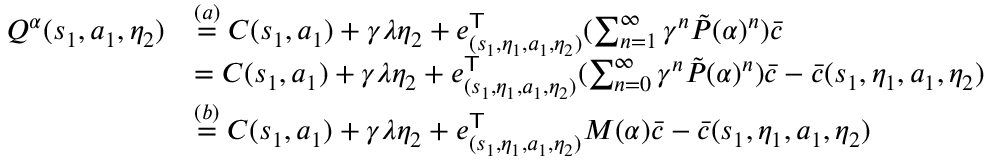
\begin{array} { r l } { Q ^ { \alpha } ( s _ { 1 } , a _ { 1 } , \eta _ { 2 } ) } & { \overset { ( a ) } { = } C ( s _ { 1 } , a _ { 1 } ) + \gamma \lambda \eta _ { 2 } + e _ { ( s _ { 1 } , \eta _ { 1 } , a _ { 1 } , \eta _ { 2 } ) } ^ { \mathsf T } ( \sum _ { n = 1 } ^ { \infty } \gamma ^ { n } \tilde { P } ( \alpha ) ^ { n } ) \bar { c } } \\ & { = C ( s _ { 1 } , a _ { 1 } ) + \gamma \lambda \eta _ { 2 } + e _ { ( s _ { 1 } , \eta _ { 1 } , a _ { 1 } , \eta _ { 2 } ) } ^ { \mathsf T } ( \sum _ { n = 0 } ^ { \infty } \gamma ^ { n } \tilde { P } ( \alpha ) ^ { n } ) \bar { c } - \bar { c } ( s _ { 1 } , \eta _ { 1 } , a _ { 1 } , \eta _ { 2 } ) } \\ & { \overset { ( b ) } { = } C ( s _ { 1 } , a _ { 1 } ) + \gamma \lambda \eta _ { 2 } + e _ { ( s _ { 1 } , \eta _ { 1 } , a _ { 1 } , \eta _ { 2 } ) } ^ { \mathsf T } M ( \alpha ) \bar { c } - \bar { c } ( s _ { 1 } , \eta _ { 1 } , a _ { 1 } , \eta _ { 2 } ) } \end{array}